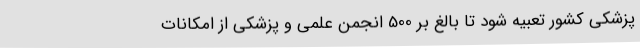
پزشکی کشور تعبیه شود تا بالغ بر 500 انجمن علمی و پزشکی از امکانات